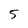
Character: 5